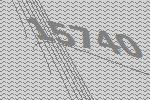
15740